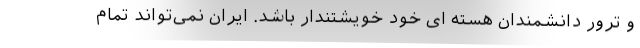
و ترور دانشمندان هسته ای خود خویشتندار باشد. ایران نمی‌تواند تمام